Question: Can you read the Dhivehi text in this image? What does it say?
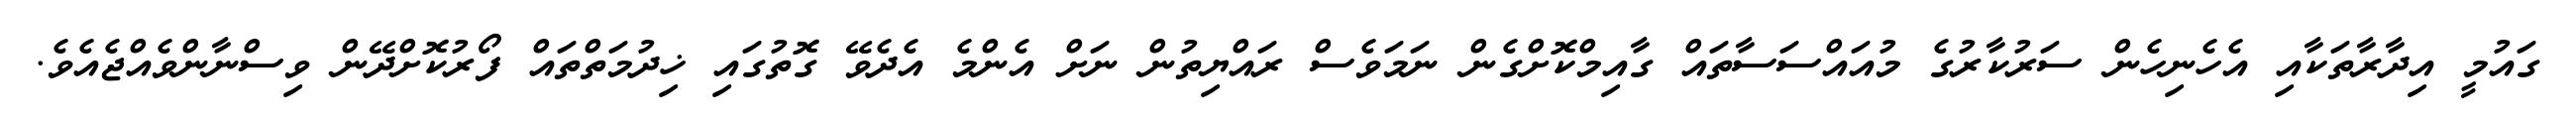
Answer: ގައުމީ އިދާރާތަކާއި އެހެނިހެން ސަރުކާރުގެ މުއައްސަސާތައް ގާއިމްކޮށްގެން ނަމަވެސް ރައްޔިތުން ނަށް އެންމެ އެދެވޭ ގޮތުގައި ޚިދުމަތްތައް ފޯރުކޮށްދޭން ވިސްނާންވެއްޖެއެވެ.